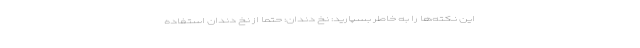
این نکته‌ها را به‌ خاطر بسپارید: نخ‌ دندان: حتما از نخ‌ دندان استفاده